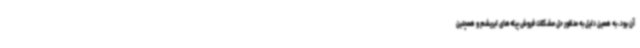
آن بود، به همین دلیل به منظور حل مشکلات فروش پیله‌های ابریشم و همچنین